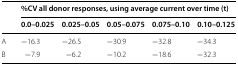
<table><thead><tr><td rowspan="2"></td><td colspan="5"><b>%CV all donor responses, using average current over time (t)</b></td></tr><tr><td><b>0.0–0.025</b></td><td><b>0.025–0.05</b></td><td><b>0.05–0.075</b></td><td><b>0.075–0.10</b></td><td><b>0.10–0.125</b></td></tr></thead><tbody><tr><td>A</td><td>−16.3</td><td>−26.5</td><td>−30.9</td><td>−32.8</td><td>−34.3</td></tr><tr><td>B</td><td>−7.9</td><td>−6.2</td><td>−10.2</td><td>−18.6</td><td>−32.3</td></tr></tbody></table>